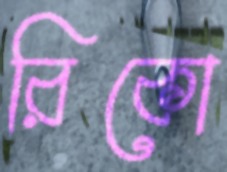
রিকো